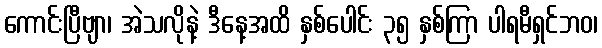
ကောင်းပြီဗျာ၊ အဲသလိုနဲ့ ဒီနေ့အထိ နှစ်ပေါင်း ၃၅ နှစ်ကြာ ပါရမီရှင်ဘဝ၊